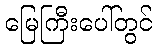
မြေကြီးပေါ်တွင်